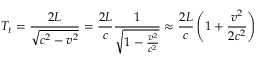
T _ { t } = { \frac { 2 L } { \sqrt { c ^ { 2 } - v ^ { 2 } } } } = { \frac { 2 L } { c } } { \frac { 1 } { \sqrt { 1 - { \frac { v ^ { 2 } } { c ^ { 2 } } } } } } \approx { \frac { 2 L } { c } } \left( 1 + { \frac { v ^ { 2 } } { 2 c ^ { 2 } } } \right)